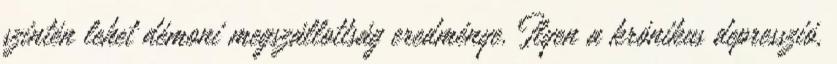
szintén lehet démoni megszállottság eredménye. Ilyen a krónikus depresszió,